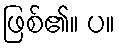
ဖြစ်၏။ ပ။